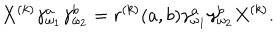
LaTeX: X ^ { ( k ) } \gamma _ { \omega _ { 1 } } ^ { a } \gamma _ { \omega _ { 2 } } ^ { b } = r ^ { ( k ) } ( a , b ) \gamma _ { \omega _ { 1 } } ^ { a } \gamma _ { \omega _ { 2 } } ^ { b } X ^ { ( k ) } .